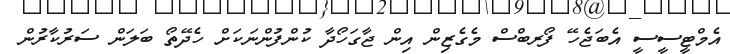
އެމްޓީސީސީ އެބަޖެހޭ ފޯރބްސް މެގެޒިން އިން ޖާގަހޯދާ ކުންފުންނަކަށް ހެދޭތޯ ބަލަން ސަރުކާރުން